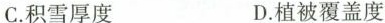
C.积雪厚度 D.植被覆盖度